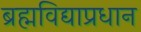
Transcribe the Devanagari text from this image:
ब्रह्मविद्याप्रधान